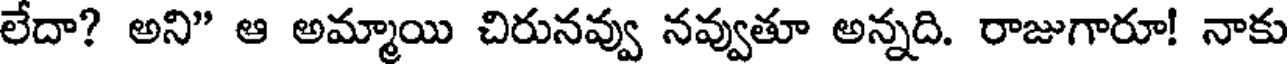
లేదా? అని" ఆ అమ్మాయి చిరునవ్వు నవ్వుతూ అన్నది. రాజుగారూ! నాకు